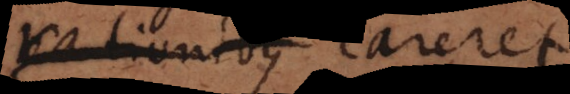
rationibus careret,